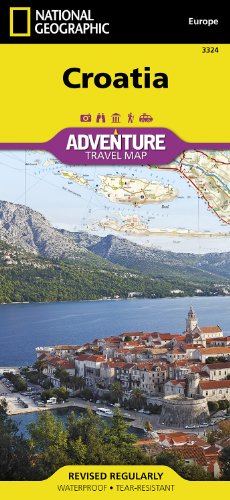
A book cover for Croatia (National Geographic Adventure Map); National Geographic Maps - Adventure; Travel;